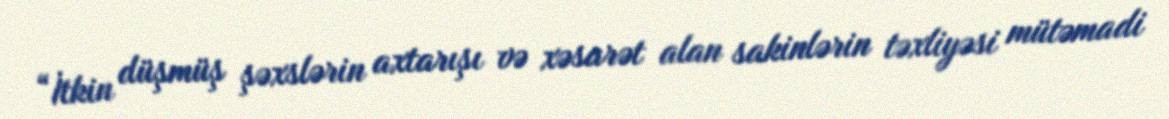
“İtkin düşmüş şəxslərin axtarışı və xəsarət alan sakinlərin təxliyəsi mütəmadi